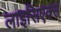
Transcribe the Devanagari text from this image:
लाइसिएक्स